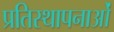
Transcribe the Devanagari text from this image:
प्रतिस्थापनाओं